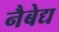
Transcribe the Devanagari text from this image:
नैबेद्य